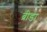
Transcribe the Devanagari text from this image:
ब्रीडा